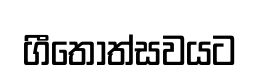
ගීතෝත්සවයට